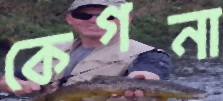
কেগনা